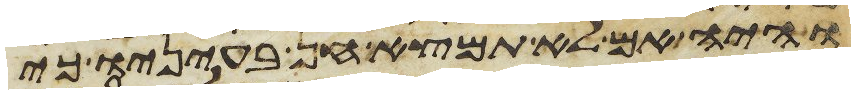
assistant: והיה אם לא תמצא חן בעיניו כי